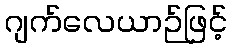
ဂျက်လေယာဉ်ဖြင့်